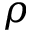
\rho